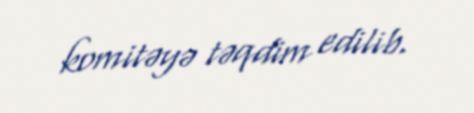
komitəyə təqdim edilib.